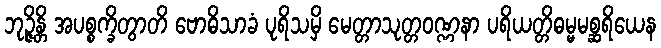
ဘုဉ္ဇိန္တိ အပစ္စက္ခိတွာတိ ဗောဓိသာခံ ပုရိသမှိ မေတ္တာသုတ္တဝဏ္ဏနာ ပရိယတ္တိဓမ္မမစ္ဆရိယေန